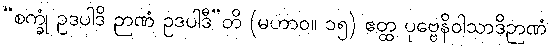
“စက္ခုံ ဥဒပါဒိ ဉာဏံ ဥဒပါဒီ”တိ (မဟာဝ။ ၁၅) ဧတ္ထ ပုဗ္ဗေနိဝါသာဒိဉာဏံ